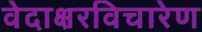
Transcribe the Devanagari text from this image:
वेदाक्षरविचारेण